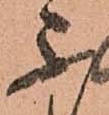
不